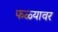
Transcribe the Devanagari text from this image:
फळ्यावर